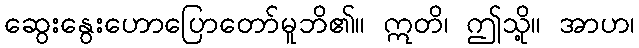
ဆွေးနွေးဟောပြောတော်မူဘိ၏။ ဣတိ၊ ဤသို့။ အာဟ၊